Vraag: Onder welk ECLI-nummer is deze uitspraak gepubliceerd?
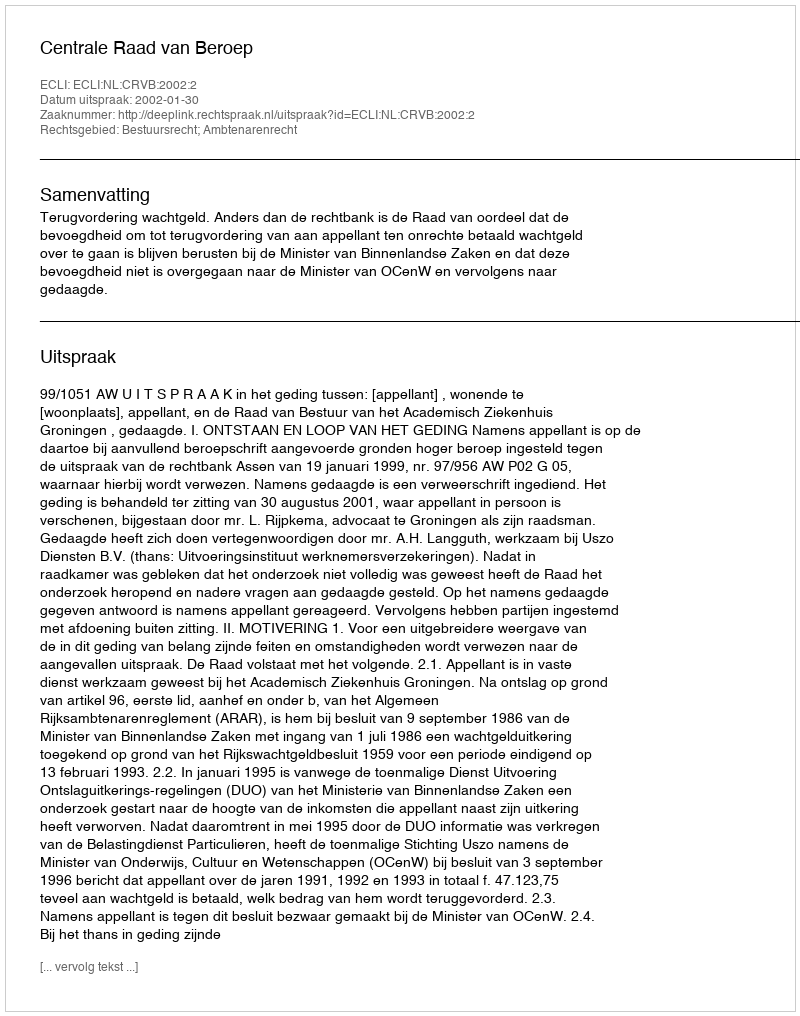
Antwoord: ECLI:NL:CRVB:2002:2